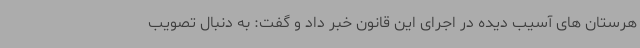
هرستان های آسیب دیده در اجرای این قانون خبر داد و گفت: به دنبال تصویب